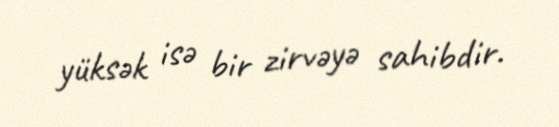
yüksək isə bir zirvəyə sahibdir.